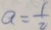
a = \frac { 1 } { 2 }